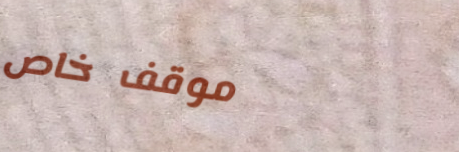
موقف خاص